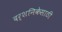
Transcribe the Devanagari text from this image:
दर्शनिकेसाठी